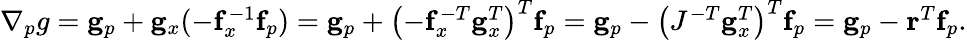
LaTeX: \begin{array}{r}{\nabla_{p}g=\mathbf{g}_{p}+\mathbf{g}_{x}(-\mathbf{f}_{x}^{-1}\mathbf{f}_{p})=\mathbf{g}_{p}+\left(-\mathbf{f}_{x}^{-T}\mathbf{g}_{x}^{T}\right)^{T}\mathbf{f}_{p}=\mathbf{g}_{p}-\left(J^{-T}\mathbf{g}_{x}^{T}\right)^{T}\mathbf{f}_{p}=\mathbf{g}_{p}-\mathbf{r}^{T}\mathbf{f}_{p}.}\end{array}